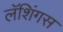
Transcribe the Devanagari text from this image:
लॅशिंगस